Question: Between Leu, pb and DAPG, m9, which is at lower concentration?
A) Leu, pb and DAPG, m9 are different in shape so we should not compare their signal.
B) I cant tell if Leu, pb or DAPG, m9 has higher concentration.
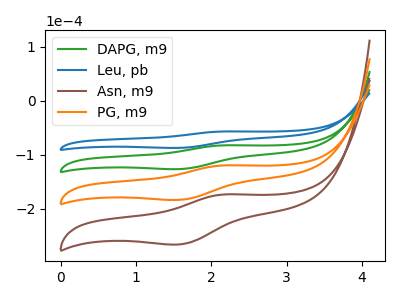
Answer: <think>The green curve "DAPG, m9" has an anodic peak at (2.20V, -82.80uA) and a cathodic peak at (1.55V, -126.90uA). The blue curve "Leu, pb" has an anodic peak at (2.20V, -57.15uA) and a cathodic peak at (1.55V, -87.60uA). The brown curve "Asn, m9" has an anodic peak at (2.20V, -248.40uA) and a cathodic peak at (1.55V, -380.65uA). The orange curve "PG, m9" has an anodic peak at (2.20V, -165.60uA) and a cathodic peak at (1.55V, -253.80uA).
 All the peaks in "Leu, pb" have a peak in "DAPG, m9" at the same potential.</think>
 <answer>B) I cant tell if "Leu, pb" or "DAPG, m9" has higher concentration.</answer>
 <eval>B</eval>